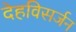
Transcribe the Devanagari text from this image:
देहविसर्जन